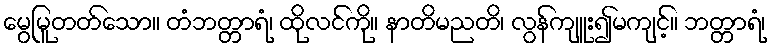
မွေမြူတတ်သော။ တံဘတ္တာရံ၊ ထိုလင်ကို။ နာတိမညတိ၊ လွန်ကျူး၍မကျင့်။ ဘတ္တာရံ၊